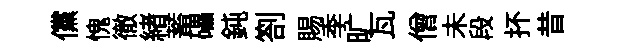
儻愧徹緖蓄礧鈍劄賜季旷瓦僧未段抔昔